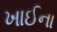
ખાઈના